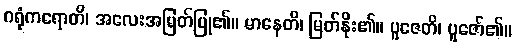
ဂရုံကရောတိ၊ အလေးအမြတ်ပြု၏။ မာနေတိ၊ မြတ်နိုး၏။ ပူဇေတိ၊ ပူဇော်၏။